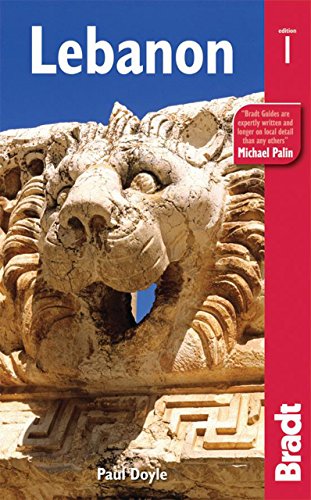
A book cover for Lebanon (Bradt Travel Guide); Paul Doyle; Travel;